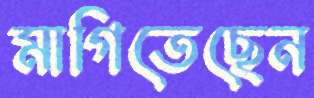
মাগিতেছেন